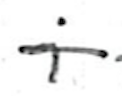
Text: i
Cross-out: mix
Writing tool: ballpoint